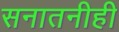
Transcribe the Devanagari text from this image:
सनातनीही